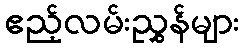
ဧည့်လမ်းညွှန်များ